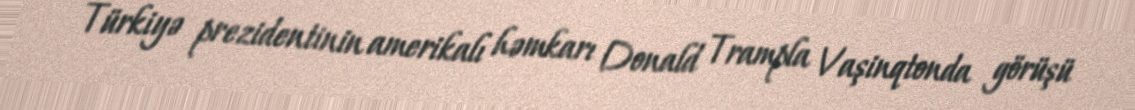
Türkiyə prezidentinin amerikalı həmkarı Donald Trampla Vaşinqtonda görüşü